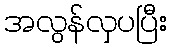
အလွန်လှပပြီး